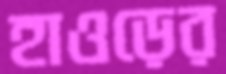
হাওড়ের